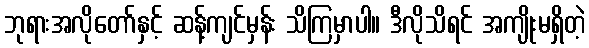
ဘုရားအလိုတော်နှင့် ဆန့်ကျင်မှန်း သိကြမှာပါ။ ဒီလိုသိရင် အကျိုးမရှိတဲ့